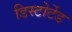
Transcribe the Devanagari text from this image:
डिस्टोर्टेड